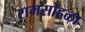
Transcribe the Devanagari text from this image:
रामसोहळा